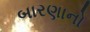
બારણાનો